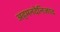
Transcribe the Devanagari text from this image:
अहमनदेनिजाद